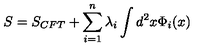
S = S _ { C F T } + \sum _ { i = 1 } ^ { n } \lambda _ { i } \int d ^ { 2 } x \Phi _ { i } ( x )